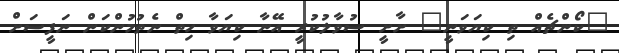
"ކޯންޗެއް ތި ކިޔަވަނީ" ށާށީ ސުވާލުކުރީ އޭނާ ކިޔަވާ ހިތް ނެތުމުންކަން ނަފީސަށް